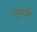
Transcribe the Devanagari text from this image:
पूण्यार्क